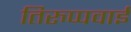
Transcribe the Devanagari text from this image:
तिरुप्पवाई